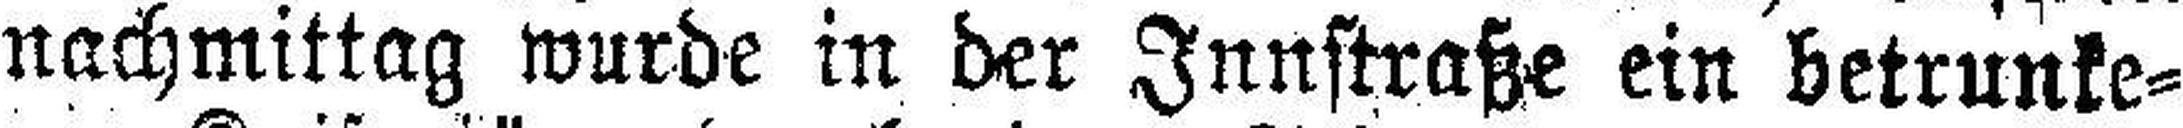
nachmittag wurde in der Innstraße ein betrunke¬